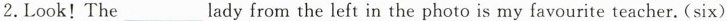
2.Look!The____lady from the left in the photo is my favourite teacher. (six)